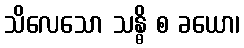
သိလေသော သန္ဓိ စ ခယော၊